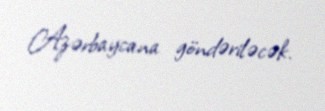
Azərbaycana göndəriləcək.